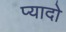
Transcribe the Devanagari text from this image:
प्‍यादो